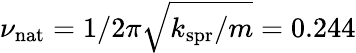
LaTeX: \nu_{\mathrm{nat}}=1/2\pi\sqrt{k_{\mathrm{spr}}/m}=0.244